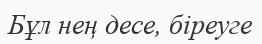
Бұл нең десе, біреуге